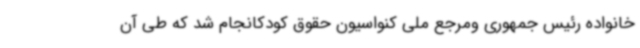
خانواده رئیس جمهوری ومرجع ملی کنواسیون حقوق کودکانجام شد که طی آن